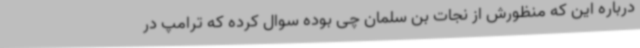
درباره این که منظورش از نجات بن سلمان چی بوده سوال کرده که ترامپ در